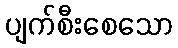
ပျက်စီးစေသော